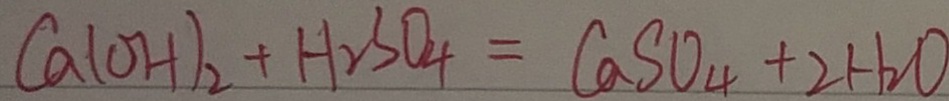
C a ( O H ) _ { 2 } + H _ { 2 } S O _ { 4 } = C a S O _ { 4 } + 2 H _ { 2 } O